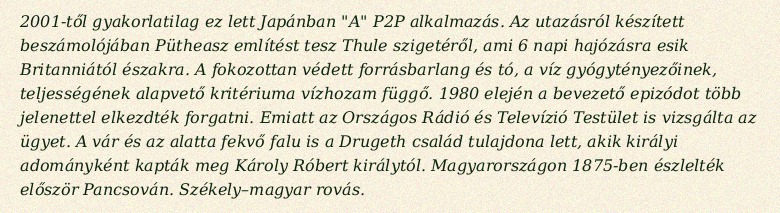
2001-től gyakorlatilag ez lett Japánban "A" P2P alkalmazás. Az utazásról készített beszámolójában Pütheasz említést tesz Thule szigetéről, ami 6 napi hajózásra esik Britanniától északra. A fokozottan védett forrásbarlang és tó, a víz gyógytényezőinek, teljességének alapvető kritériuma vízhozam függő. 1980 elején a bevezető epizódot több jelenettel elkezdték forgatni. Emiatt az Országos Rádió és Televízió Testület is vizsgálta az ügyet. A vár és az alatta fekvő falu is a Drugeth család tulajdona lett, akik királyi adományként kapták meg Károly Róbert királytól. Magyarországon 1875-ben észlelték először Pancsován. Székely–magyar rovás.